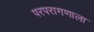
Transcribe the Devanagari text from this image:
परपरागणाला